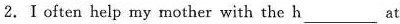
2.I often help my mother with the h___at